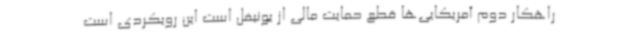
راهکار دوم آمریکایی‌ها قطع حمایت مالی از یونیفل است این رویکردی است